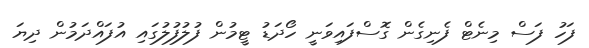
ފަހު ފަސް މިނެޓް ފެނިގެން ގޮސްފައިވަނީ ހޯދަޑު ޓީމުން ފުލުފުލުގައި އުފައްދަމުން ދިޔަ